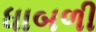
ધાબળી